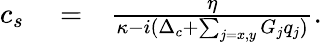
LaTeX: \begin{array}{rlr}{c_{s}}&{{}=}&{\frac{\eta}{\kappa-i(\Delta_{c}+\sum_{j=x,y}G_{j}q_{j})}.}\end{array}